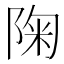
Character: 陱